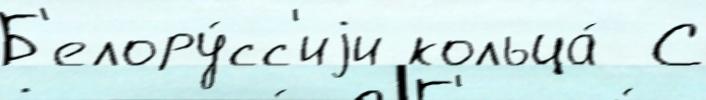
Б'елору́сс'иjи кольца́  С